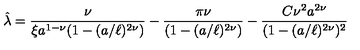
{ \hat { \lambda } } = { \frac { \nu } { \xi a ^ { 1 - \nu } ( 1 - ( a / \ell ) ^ { 2 \nu } ) } } - { \frac { \pi \nu } { ( 1 - ( a / \ell ) ^ { 2 \nu } ) } } - { \frac { C \nu ^ { 2 } a ^ { 2 \nu } } { ( 1 - ( a / \ell ) ^ { 2 \nu } ) ^ { 2 } } }